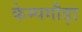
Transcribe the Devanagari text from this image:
केम्पगौड़ा